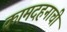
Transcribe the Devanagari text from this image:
कामदहनाची